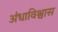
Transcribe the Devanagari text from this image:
अंधाविश्वास